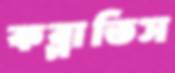
কব্‌লাতিস